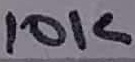
Text: 10K